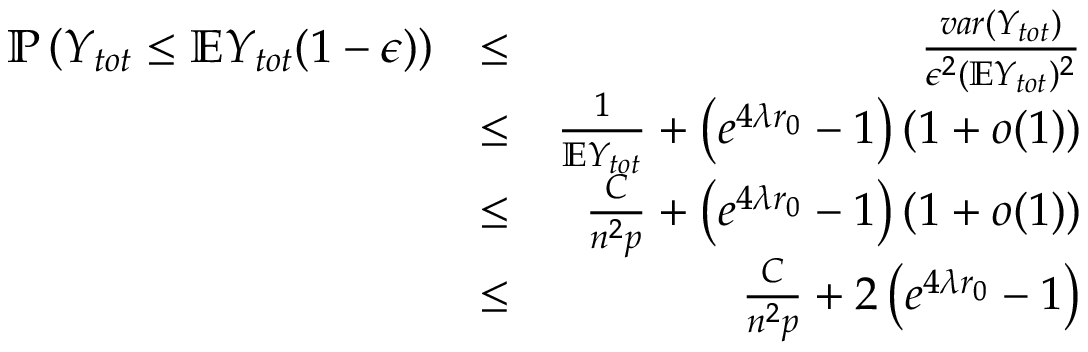
\begin{array} { r l r } { \mathbb { P } \left( Y _ { t o t } \leq \mathbb { E } Y _ { t o t } ( 1 - \epsilon ) \right) } & { \leq } & { \frac { v a r ( Y _ { t o t } ) } { \epsilon ^ { 2 } ( \mathbb { E } Y _ { t o t } ) ^ { 2 } } } \\ & { \leq } & { \frac { 1 } { \mathbb { E } Y _ { t o t } } + \left( e ^ { 4 \lambda r _ { 0 } } - 1 \right) ( 1 + o ( 1 ) ) } \\ & { \leq } & { \frac { C } { n ^ { 2 } p } + \left( e ^ { 4 \lambda r _ { 0 } } - 1 \right) ( 1 + o ( 1 ) ) } \\ & { \leq } & { \frac { C } { n ^ { 2 } p } + 2 \left( e ^ { 4 \lambda r _ { 0 } } - 1 \right) } \end{array}